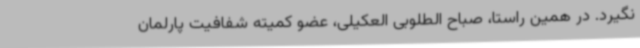
نگیرد. در همین راستا، صباح الطلوبی العکیلی، عضو کمیته شفافیت پارلمان